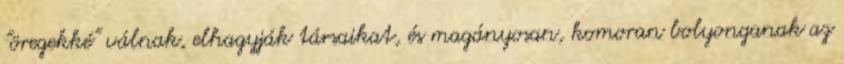
"öregekké" válnak, elhagyják társaikat, és magányosan, komoran bolyonganak az